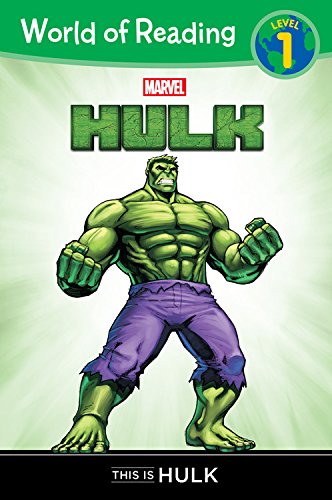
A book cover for World of Reading: Hulk This is Hulk; Comics & Graphic Novels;